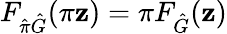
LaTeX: F_{\hat{\pi}\hat{G}}(\pi\mathbf{z})=\pi F_{\hat{G}}(\mathbf{z})